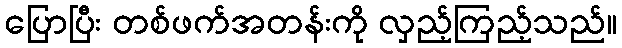
ပြောပြီး တစ်ဖက်အတန်းကို လှည့်ကြည့်သည်။